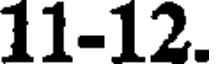
11-12.